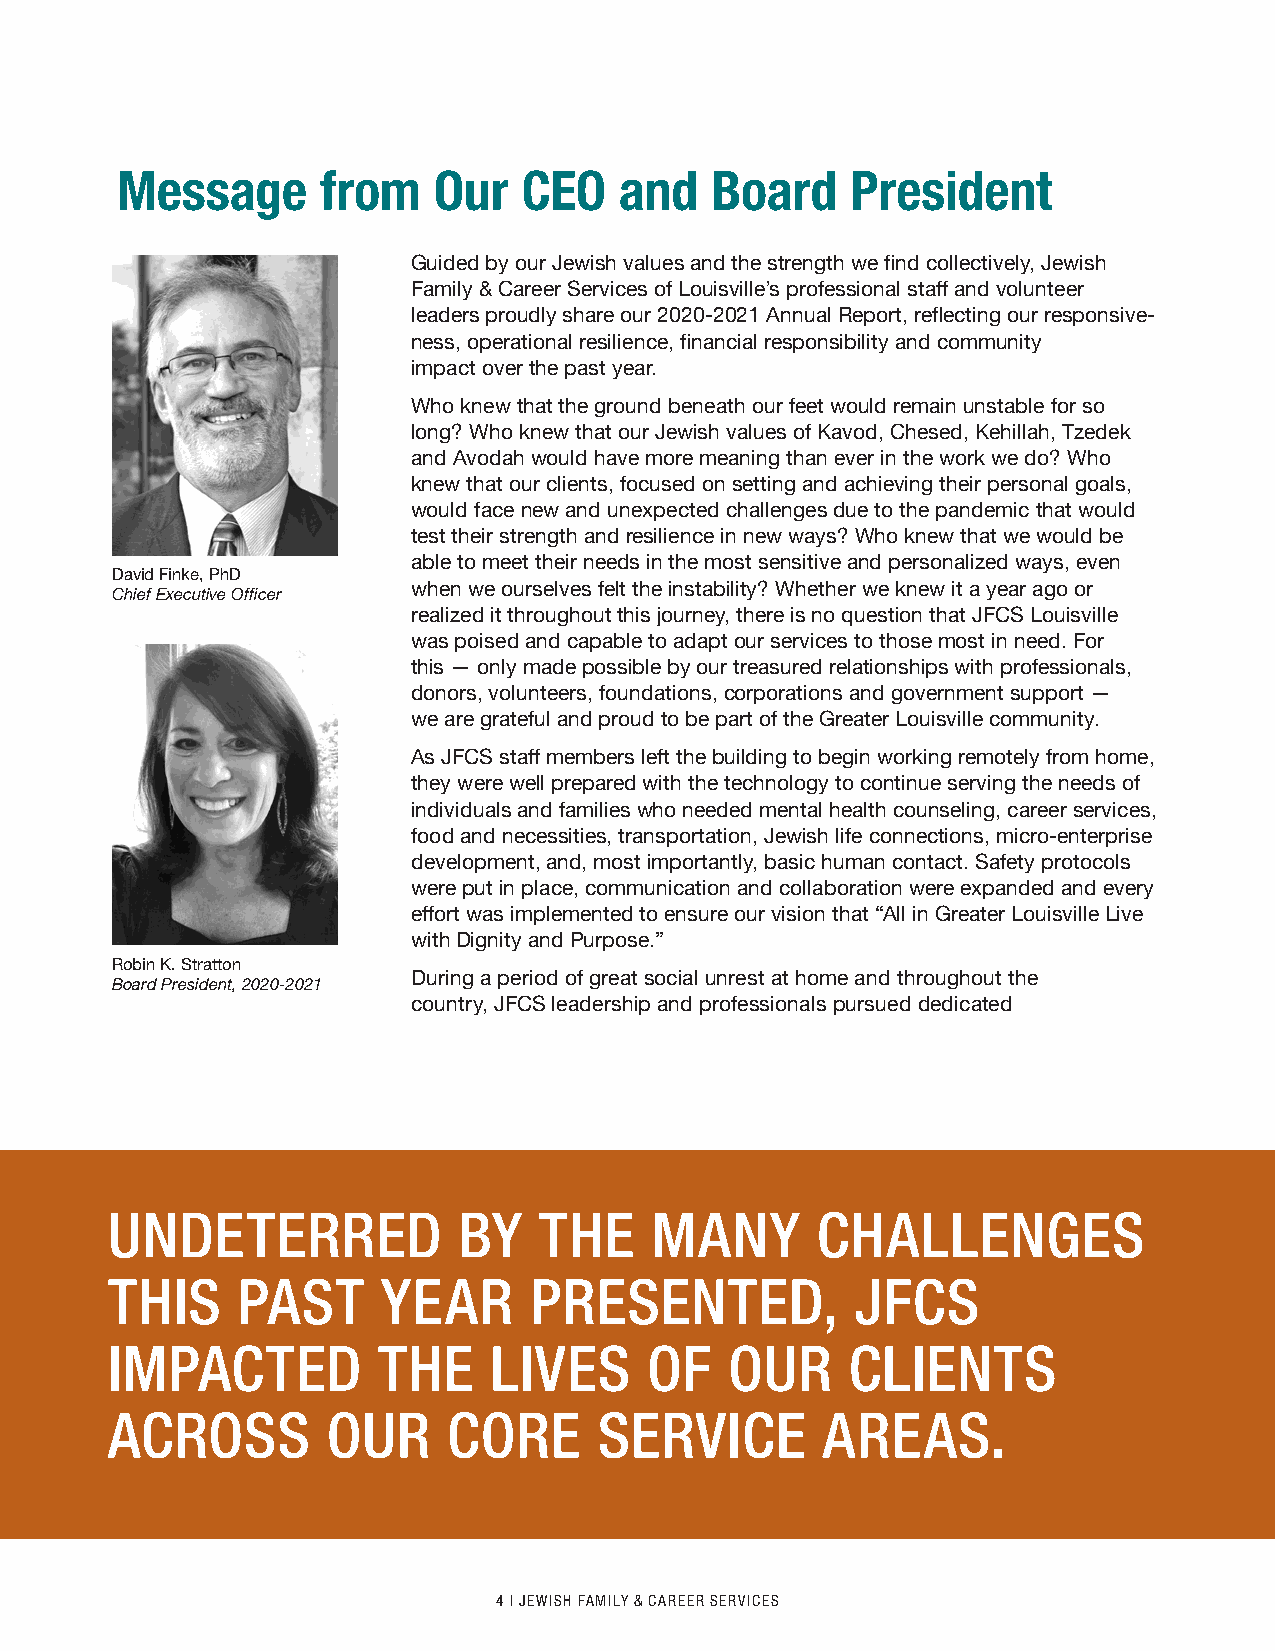
Message      from    Our   CEO   and   Board    President
 Guided by our Jewish values and the strength we find collectively, Jewish
 Family & Career Services of Louisville’s professional staff and volunteer
 leaders proudly share our 2020-2021 Annual Report, reflecting our responsive-
 ness, operational resilience, financial responsibility and community
 impact over the past year.
 Who knew that the ground beneath our feet would remain unstable for so
 long? Who knew that our Jewish values of Kavod, Chesed, Kehillah, Tzedek
 and Avodah would have more meaning than ever in the work we do? Who
 knew that our clients, focused on setting and achieving their personal goals,
 would face new and unexpected challenges due to the pandemic that would
 test their strength and resilience in new ways? Who knew that we would be
 able to meet their needs in the most sensitive and personalized ways, even
 David Finke, PhD
 when we ourselves felt the instability? Whether we knew it a year ago or
 Chief Executive Officer
 realized it throughout this journey, there is no question that JFCS Louisville
 was poised and capable to adapt our services to those most in need. For
 this — only made possible by our treasured relationships with professionals,
 donors, volunteers, foundations, corporations and government support —
 we are grateful and proud to be part of the Greater Louisville community.
 As JFCS staff members left the building to begin working remotely from home,
 they were well prepared with the technology to continue serving the needs of
 individuals and families who needed mental health counseling, career services,
 food and necessities, transportation, Jewish life connections, micro-enterprise
 development, and, most importantly, basic human contact. Safety protocols
 were put in place, communication and collaboration were expanded and every
 effort was implemented to ensure our vision that “All in Greater Louisville Live
 with Dignity and Purpose.”
 Robin K. Stratton
 During a period of great social unrest at home and throughout the
 Board President, 2020-2021
 country, JFCS leadership and professionals pursued dedicated
 UNDETERRED             BY    THE    MANY       CHALLENGES
 THIS     PAST     YEAR      PRESENTED,            JFCS
 IMPACTED          THE    LIVES      OF   OUR     CLIENTS
 ACROSS         OUR     CORE      SERVICE       AREAS.
 4 I JEWISH FAMILY & CAREER SERVICES